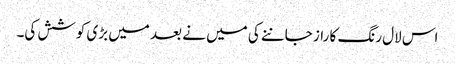
اس لال رنگ کا راز جاننے کی میں نے بعد میں بڑی کوشش کی۔